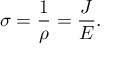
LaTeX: \sigma = { \frac { 1 } { \rho } } = { \frac { J } { E } } . \,